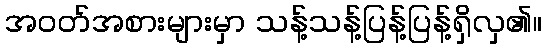
အဝတ်အစားများမှာ သန့်သန့်ပြန့်ပြန့်ရှိလှ၏။